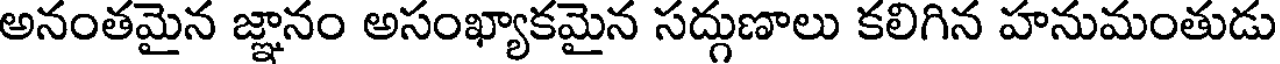
అనంతమైన జ్ఞానం అసంఖ్యాకమైన సద్గుణాలు కలిగిన హనుమంతుడు